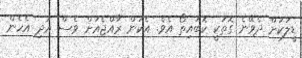
ޑީލަކަށް ދެވޭނެ ގޮތަކީ ކޮބައިތޯ އެވެ. އެކަން ރާއްޖެއަށް ވެސް އަދި އެހެން